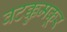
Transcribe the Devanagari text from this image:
वटक्कुमकूर